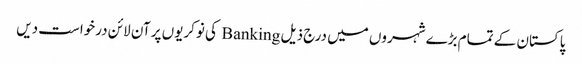
پاکستان کے تمام بڑے شہروں میں درج ذیل Banking کی نوکریوں پر آن لائن درخواست دیں